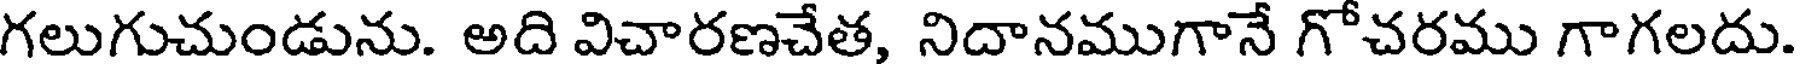
గలుగుచుండును. అది విచారణచేత, నిదానముగానే గోచరము గాగలదు.